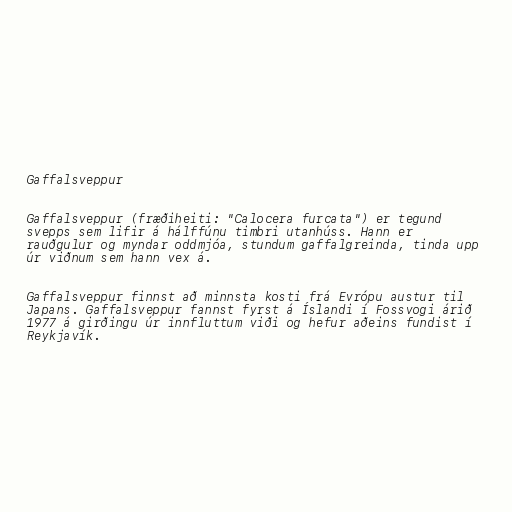
Gaffalsveppur

Gaffalsveppur (fræðiheiti: "Calocera furcata") er tegund
svepps sem lifir á hálffúnu timbri utanhúss. Hann er
rauðgulur og myndar oddmjóa, stundum gaffalgreinda, tinda upp
úr viðnum sem hann vex á.

Gaffalsveppur finnst að minnsta kosti frá Evrópu austur til
Japans. Gaffalsveppur fannst fyrst á Íslandi í Fossvogi árið
1977 á girðingu úr innfluttum viði og hefur aðeins fundist í
Reykjavík.